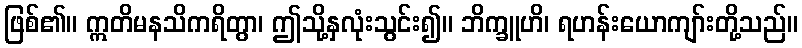
ဖြစ်၏။ ဣတိမနသိကရိတွာ၊ ဤသို့နှလုံးသွင်း၍။ ဘိက္ခူဟိ၊ ရဟန်းယောကျာ်းတို့သည်။